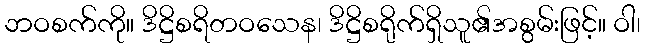
ဘဝစက်ကို။ ဒိဋ္ဌိစရိတဝသေန၊ ဒိဋ္ဌိစရိုက်ရှိသူ၏အစွမ်းဖြင့်။ ဝါ၊